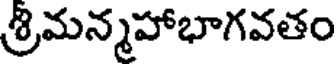
శ్రిమన్మహాభాగవతం